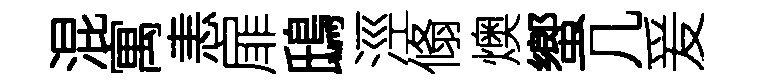
混寓恚扉鴟涇翛燠蠁几爰